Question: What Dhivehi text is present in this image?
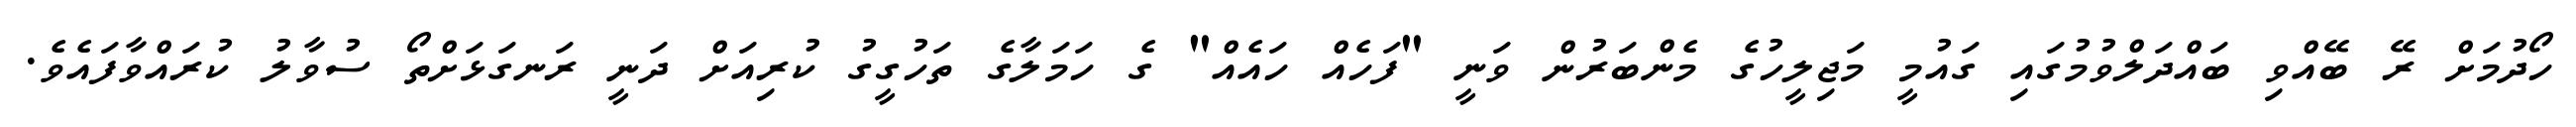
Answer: ހޯދުމަށް ރޭ ބޭއްވި ބައްދަލްވުމުގައި ގައުމީ މަޖިލީހުގެ މެންބަރުން ވަނީ "ފަހެއް ހައެއް" ގެ ހަމަލާގެ ތަހުގީގު ކުރިއަށް ދަނީ ރަނގަޅަށްތޯ ސުވާލު ކުރައްވާފައެވެ.